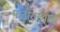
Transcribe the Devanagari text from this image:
पाठीराख्यांना